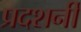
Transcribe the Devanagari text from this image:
प्रदशर्नी